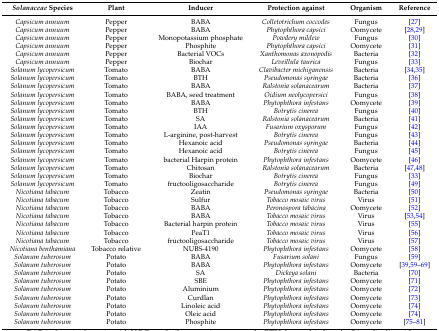
<table><thead><tr><td><b><i>Solanaceae</i> Species</b></td><td><b>Plant</b></td><td><b>Inducer</b></td><td><b>Protection against</b></td><td><b>Organism</b></td><td><b>Reference</b></td></tr></thead><tbody><tr><td><i>Capsicum annuum</i></td><td>Pepper</td><td>BABA</td><td><i>Colletotrichum coccodes</i></td><td>Fungus</td><td>[27]</td></tr><tr><td><i>Capsicum annuum</i></td><td>Pepper</td><td>BABA</td><td><i>Phytophthora capsici</i></td><td>Oomycete</td><td>[28,29]</td></tr><tr><td><i>Capsicum annuum</i></td><td>Pepper</td><td>Monopotassium phosphate </td><td><i>Powdery mildew </i></td><td>Fungus</td><td>[30]</td></tr><tr><td><i>Capsicum annuum</i></td><td>Pepper</td><td>Phosphite</td><td><i>Phytophthora capsici</i></td><td>Oomycete</td><td>[31]</td></tr><tr><td><i>Capsicum annuum</i></td><td>Pepper</td><td>Bacterial VOCs</td><td><i>Xanthomonas axonopodis</i></td><td>Bacteria</td><td>[32]</td></tr><tr><td><i>Capsicum annuum</i></td><td>Pepper</td><td>Biochar</td><td><i>Leveillula taurica</i></td><td>Fungus </td><td>[33]</td></tr><tr><td><i>Solanum lycopersicum</i></td><td>Tomato</td><td>BABA</td><td><i>Clavibacter michiganensis</i></td><td>Bacteria</td><td>[34,35]</td></tr><tr><td><i>Solanum lycopersicum</i></td><td>Tomato</td><td>BTH</td><td><i>Pseudomonas syringae</i></td><td>Bacteria</td><td>[36]</td></tr><tr><td><i>Solanum lycopersicum</i></td><td>Tomato</td><td>BABA</td><td><i>Ralstonia solanacearum</i></td><td>Bacteria</td><td>[37]</td></tr><tr><td><i>Solanum lycopersicum</i></td><td>Tomato</td><td>BABA, seed treatment</td><td><i>Oidium neolycopersici</i></td><td>Fungus</td><td>[38]</td></tr><tr><td><i>Solanum lycopersicum</i></td><td>Tomato</td><td>BABA</td><td><i>Phytophthora infestans</i></td><td>Oomycete</td><td>[39]</td></tr><tr><td><i>Solanum lycopersicum</i></td><td>Tomato</td><td>BTH</td><td><i>Botrytis cinerea</i></td><td>Fungus </td><td>[40]</td></tr><tr><td><i>Solanum lycopersicum</i></td><td>Tomato</td><td>SA</td><td><i>Ralstonia solanacearum</i></td><td>Bacteria</td><td>[41]</td></tr><tr><td><i>Solanum lycopersicum</i></td><td>Tomato</td><td>IAA</td><td><i>Fusarium oxysporum </i></td><td>Fungus </td><td>[42]</td></tr><tr><td><i>Solanum lycopersicum</i></td><td>Tomato</td><td>L-arginine, post-harvest</td><td><i>Botrytis cinerea </i></td><td>Fungus </td><td>[43]</td></tr><tr><td><i>Solanum lycopersicum</i></td><td>Tomato</td><td>Hexanoic acid </td><td><i>Pseudomonas syringae</i></td><td>Bacteria</td><td>[44]</td></tr><tr><td><i>Solanum lycopersicum</i></td><td>Tomato</td><td>Hexanoic acid </td><td><i>Botrytis cinerea</i></td><td>Fungus </td><td>[45]</td></tr><tr><td><i>Solanum lycopersicum</i></td><td>Tomato</td><td>bacterial Harpin protein </td><td><i>Phytophthora infestans</i></td><td>Oomycete</td><td>[46]</td></tr><tr><td><i>Solanum lycopersicum</i></td><td>Tomato</td><td>Chitosan</td><td><i>Ralstonia solanacearum</i></td><td>Bacteria</td><td>[47,48]</td></tr><tr><td><i>Solanum lycopersicum</i></td><td>Tomato</td><td>Biochar</td><td><i>Botrytis cinerea</i></td><td>Fungus </td><td>[33]</td></tr><tr><td><i>Solanum lycopersicum</i></td><td>Tomato</td><td>fructooligosaccharide</td><td><i>Botrytis cinerea</i></td><td>Fungus </td><td>[49]</td></tr><tr><td><i>Nicotiana tabacum</i></td><td>Tobacco</td><td>Zeatin</td><td><i>Pseudomonas syringae </i></td><td>Bacteria </td><td>[50]</td></tr><tr><td><i>Nicotiana tabacum</i></td><td>Tobacco</td><td>Sulfur</td><td><i>Tobacco mosaic virus</i></td><td>Virus</td><td>[51]</td></tr><tr><td><i>Nicotiana tabacum</i></td><td>Tobacco</td><td>BABA</td><td><i>Peronospora tabacina</i></td><td>Oomycete</td><td>[52]</td></tr><tr><td><i>Nicotiana tabacum</i></td><td>Tobacco</td><td>BABA</td><td><i>Tobacco mosaic virus</i></td><td>Virus</td><td>[53,54]</td></tr><tr><td><i>Nicotiana tabacum</i></td><td>Tobacco</td><td>Bacterial harpin protein </td><td><i>Tobacco mosaic virus</i></td><td>Virus</td><td>[55]</td></tr><tr><td><i>Nicotiana tabacum</i></td><td>Tobacco</td><td>PeaT1</td><td><i>Tobacco mosaic virus</i></td><td>Virus</td><td>[56]</td></tr><tr><td><i>Nicotiana tabacum</i></td><td>Tobacco</td><td>fructooligosaccharide</td><td><i>Tobacco mosaic virus</i></td><td>Virus</td><td>[57]</td></tr><tr><td><i>Nicotiana benthamiana</i></td><td>Tobacco relative</td><td>NUBS-4190</td><td><i>Phytophthora infestans</i></td><td>Oomycete</td><td>[58]</td></tr><tr><td><i>Solanum tuberosum </i></td><td>Potato</td><td>BABA</td><td><i>Fusarium solani</i></td><td>Fungus</td><td>[59]</td></tr><tr><td><i>Solanum tuberosum </i></td><td>Potato</td><td>BABA</td><td><i>Phytophthora infestans</i></td><td>Oomycete</td><td>[39,59,60,61,62,63,64,65,66,67,68,69] </td></tr><tr><td><i>Solanum tuberosum </i></td><td>Potato</td><td>SA</td><td><i>Dickeya solani </i></td><td>Bacteria</td><td>[70]</td></tr><tr><td><i>Solanum tuberosum </i></td><td>Potato</td><td>SBE</td><td><i>Phytophthora infestans</i></td><td>Oomycete</td><td>[71]</td></tr><tr><td><i>Solanum tuberosum </i></td><td>Potato</td><td>Aluminium</td><td><i>Phytophthora infestans</i></td><td>Oomycete</td><td>[72]</td></tr><tr><td><i>Solanum tuberosum</i></td><td>Potato</td><td>Curdlan</td><td><i>Phytophthora infestans</i></td><td>Oomycete</td><td>[73]</td></tr><tr><td><i>Solanum tuberosum</i></td><td>Potato</td><td>Linoleic acid </td><td><i>Phytophthora infestans</i></td><td>Oomycete</td><td>[74]</td></tr><tr><td><i>Solanum tuberosum</i></td><td>Potato</td><td>Oleic acid</td><td><i>Phytophthora infestans</i></td><td>Oomycete</td><td>[74]</td></tr><tr><td><i>Solanum tuberosum</i></td><td>Potato</td><td>Phosphite</td><td><i>Phytophthora infestans</i></td><td>Oomycete</td><td>[75,76,77,78,79,80,81]</td></tr></tbody></table>